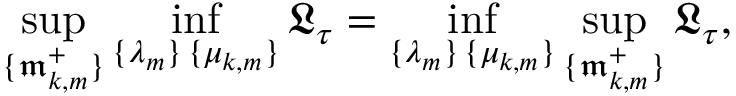
\operatorname* { s u p } _ { \{ \mathfrak { m } _ { k , m } ^ { + } \} } \operatorname* { i n f } _ { \substack { \{ \lambda _ { m } \} \, \{ \mu _ { k , m } \} } } \mathfrak { L } _ { \tau } = \operatorname* { i n f } _ { \substack { \{ \lambda _ { m } \} \, \{ \mu _ { k , m } \} } } \operatorname* { s u p } _ { \{ \mathfrak { m } _ { k , m } ^ { + } \} } \mathfrak { L } _ { \tau } ,